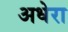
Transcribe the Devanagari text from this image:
अधेरा